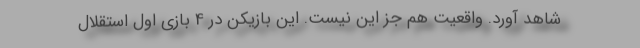
شاهد آورد. واقعیت هم جز این نیست. این بازیکن در 4 بازی اول استقلال